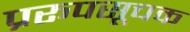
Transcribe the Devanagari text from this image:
प्ररूपसूचक